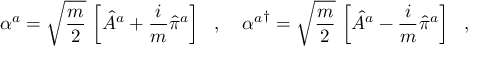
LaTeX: \alpha ^ { a } = \sqrt { \frac { m } { 2 } } \, \left[ \hat { A } ^ { a } + \frac { i } { m } \hat { \pi } ^ { a } \right] \ \ , \ \ \ { \alpha ^ { a } } ^ { \dagger } = \sqrt { \frac { m } { 2 } } \, \left[ \hat { A } ^ { a } - \frac { i } { m } \hat { \pi } ^ { a } \right] \ \ ,